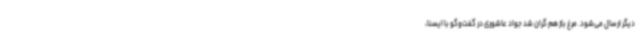
دیگر ارسال می‌شود. مرغ باز هم گران شد جواد عاشوری در گفت‌وگو با ایسنا،